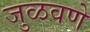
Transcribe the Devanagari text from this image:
जुळवणे